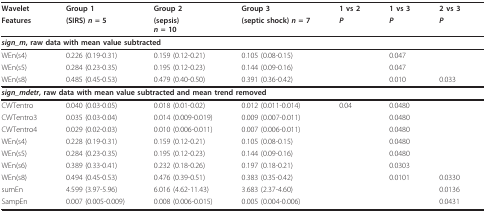
<table><thead><tr><td><b>Wavelet</b></td><td><b>Group 1</b></td><td><b>Group 2</b></td><td><b>Group 3</b></td><td><b>1 vs 2</b></td><td><b>1 vs 3</b></td><td><b>2 vs 3</b></td></tr><tr><td><b>Features</b></td><td><b>(SIRS) <i>n </i>= 5</b></td><td><b>(sepsis)<i>n </i>= 10</b></td><td><b>(septic shock) <i>n </i>= 7</b></td><td><b><i>P</i></b></td><td><b><i>P</i></b></td><td><b><i>P</i></b></td></tr></thead><tbody><tr><td colspan="7"><b><i>sign_m</i>, raw data with mean value subtracted</b></td></tr><tr><td>WEn(s4)</td><td>0.226 (0.19-0.31)</td><td>0.159 (0.12-0.21)</td><td>0.105 (0.08-0.15)</td><td></td><td>0.047</td><td></td></tr><tr><td>WEn(s5)</td><td>0.284 (0.23-0.35)</td><td>0.195 (0.12-0.23)</td><td>0.144 (0.09-0.16)</td><td></td><td>0.047</td><td></td></tr><tr><td>WEn(s8)</td><td>0.485 (0.45-0.53)</td><td>0.479 (0.40-0.50)</td><td>0.391 (0.36-0.42)</td><td></td><td>0.010</td><td>0.033</td></tr><tr><td colspan="7"><b><i>sign_mdetr</i>, raw data with mean value subtracted and mean trend removed</b></td></tr><tr><td>CWTentro</td><td>0.040 (0.03-0.05)</td><td>0.018 (0.01-0.02)</td><td>0.012 (0.011-0.014)</td><td>0.04</td><td>0.0480</td><td></td></tr><tr><td>CWTentro3</td><td>0.035 (0.03-0.04)</td><td>0.014 (0.009-0.019)</td><td>0.009 (0.007-0.011)</td><td></td><td>0.0480</td><td></td></tr><tr><td>CWTentro4</td><td>0.029 (0.02-0.03)</td><td>0.010 (0.006-0.011)</td><td>0.007 (0.006-0.011)</td><td></td><td>0.0480</td><td></td></tr><tr><td>WEn(s4)</td><td>0.228 (0.19-0.31)</td><td>0.159 (0.12-0.21)</td><td>0.105 (0.08-0.15)</td><td></td><td>0.0480</td><td></td></tr><tr><td>WEn(s5)</td><td>0.284 (0.23-0.35)</td><td>0.195 (0.12-0.23)</td><td>0.144 (0.09-0.16)</td><td></td><td>0.0480</td><td></td></tr><tr><td>WEn(s6)</td><td>0.389 (0.33-0.41)</td><td>0.232 (0.18-0.26)</td><td>0.197 (0.18-0.21)</td><td></td><td>0.0303</td><td></td></tr><tr><td>WEn(s8)</td><td>0.494 (0.45-0.53)</td><td>0.476 (0.39-0.51)</td><td>0.383 (0.35-0.42)</td><td></td><td>0.0101</td><td>0.0330</td></tr><tr><td>sumEn</td><td>4.599 (3.97-5.96)</td><td>6.016 (4.62-11.43)</td><td>3.683 (2.37-4.60)</td><td></td><td></td><td>0.0136</td></tr><tr><td>SampEn</td><td>0.007 (0.005-0.009)</td><td>0.008 (0.006-0.015)</td><td>0.005 (0.004-0.006)</td><td></td><td></td><td>0.0431</td></tr></tbody></table>